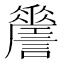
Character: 𧭨